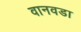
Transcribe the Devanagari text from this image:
वानवडा